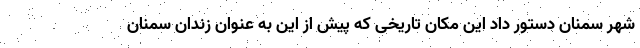
شهر سمنان دستور داد این مکان تاریخی که پیش از این به عنوان زندان سمنان